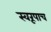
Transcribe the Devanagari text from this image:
स्वरूपाच